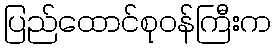
ပြည်ထောင်စုဝန်ကြီးက